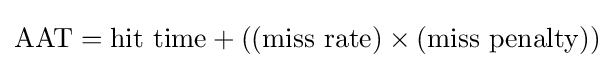
{\text{AAT}}={\text{hit time}}+(({\text{miss rate}})\times ({\text{miss penalty}}))